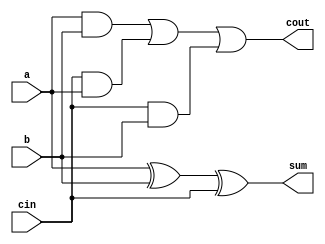
//
// Lab2_140L
// CSE140L Spring 2019
//
//

//
// Module Lab2_140L
// Four bit adder subtractor using submodule fu_adder (Full adder)
//
module Lab2_140L (
 input wire Gl_rst,                  // reset signal (active high)
 input wire clk,                     // global clock
 input wire Gl_adder_start,          // r1, r2, OP are ready  
 input wire Gl_subtract,             // subtract (active high)
 input wire [7:0] Gl_r1           , // 8bit number 1
 input wire [7:0] Gl_r2           , // 8bit number 1
 output wire [7:0] L2_adder_data   ,   // 8 bit ascii sum
 output wire L2_adder_rdy          , //pulse
 output wire [7:0] L2_led
);

	sigDelay sigDelay (.sigOut(L2_adder_rdy), .sigIn(Gl_adder_start), .clk(clk), .rst(Gl_rst));

	wire [7:0] num2;
	wire [3:0] cout;
	
	//negating second number if Gl_subtract is active (bitwise)
	assign num2[0] = (Gl_subtract) ? ~Gl_r2[0] : Gl_r2[0];
	assign num2[1] = (Gl_subtract) ? ~Gl_r2[1] : Gl_r2[1];
	assign num2[2] = (Gl_subtract) ? ~Gl_r2[2] : Gl_r2[2];
	assign num2[3] = (Gl_subtract) ? ~Gl_r2[3] : Gl_r2[3];
	assign num2[4] = (Gl_subtract) ? ~Gl_r2[4] : Gl_r2[4];
	assign num2[5] = (Gl_subtract) ? ~Gl_r2[5] : Gl_r2[5];
	assign num2[6] = (Gl_subtract) ? ~Gl_r2[6] : Gl_r2[6];
	assign num2[7] = (Gl_subtract) ? ~Gl_r2[7] : Gl_r2[7];
	
	//using full adders to ripple creating four bit adder
	fu_adder fu_adder1 (.a(Gl_r1[0]), .b(num2[0]), .cin(Gl_subtract), .sum(L2_adder_data[0]), .cout(cout[0]));
	fu_adder fu_adder2 (.a(Gl_r1[1]), .b(num2[1]), .cin(cout[0]), .sum(L2_adder_data[1]), .cout(cout[1]));
	fu_adder fu_adder3 (.a(Gl_r1[2]), .b(num2[2]), .cin(cout[1]), .sum(L2_adder_data[2]), .cout(cout[2]));
	fu_adder fu_adder4 (.a(Gl_r1[3]), .b(num2[3]), .cin(cout[2]), .sum(L2_adder_data[3]), .cout(cout[3]));

	//set sum bits for character display
	assign L2_adder_data[7] = 1'b0;
	assign L2_adder_data[6] = L2_led[4];
	assign L2_adder_data[5] = ~L2_led[4];
	assign L2_adder_data[4] = 1'b1;
	assign L2_led[3:0] = L2_adder_data[3:0];
	
	//appropriate carry bit for led for subtracting/adding
	assign L2_led[4] = (Gl_subtract && (Gl_r2 > Gl_r1)) ? 1'b1 
						  : (Gl_subtract && (Gl_r2 <= Gl_r1)) ? 1'b0
						  : cout[3];

endmodule




module sigDelay(
		  output      sigOut,
		  input       sigIn,
		  input       clk,
		  input       rst);

   parameter delayVal = 4;
   reg [15:0] 		      delayReg;


   always @(posedge clk) begin
      if (rst)
	 delayReg <= 16'b0;
      else begin
	 delayReg <= {delayReg[14:0], sigIn};
      end
   end

   assign sigOut = delayReg[delayVal];
endmodule // sigDelay


//
// Module fu_adder
// Full adder taking 3 inputs value 1, value 2, and carry in
// returns sum and carry out x=a+b+c then sum = x[0] and cout = x[1]
//
module fu_adder(input a, input b, input cin, 
					 output reg sum, output reg cout);
	always @(*) begin			 
	sum = ((a^b)^cin);
	cout = ((a&b) | (cin&a) | (cin&b));
	end 
endmodule //fulladder